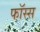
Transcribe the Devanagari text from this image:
फॉस्स